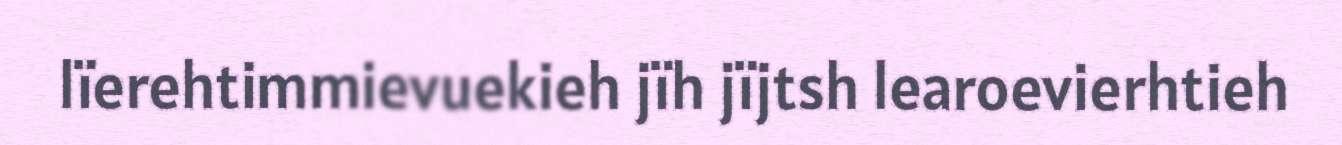
lïerehtimmievuekieh jïh jïjtsh learoevierhtieh